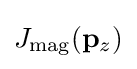
J_{\text{mag}}(\mathbf {p} _{z})